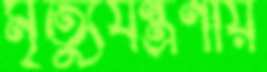
মৃত্যুযন্ত্রণায়